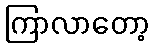
ကြာလာတော့